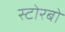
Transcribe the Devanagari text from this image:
स्टोरबो